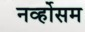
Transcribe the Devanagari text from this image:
नर्व्होसम